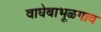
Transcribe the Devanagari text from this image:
वाघेबाभूळगाव